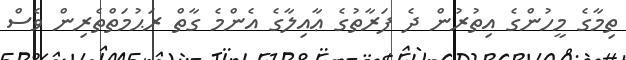
ތިމާގެ މީހުންގެ އިތުރުން ދެ ފަރާތުގެ ޢާއިލާގެ އެންމެ ގާތް ރަޙުމަތްތެރިން ވެސް